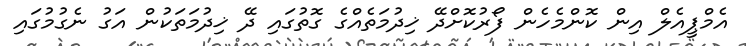
އެމްޕީއެލް އިން ކޮންމެހެން ފޯރުކޮށްދޭ ޚިދުމަތެއްގެ ގޮތުގައި ދޭ ޚިދުމަތަކުން އަގު ނެގުމުގައި